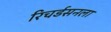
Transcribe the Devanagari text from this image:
रिचर्डसनला